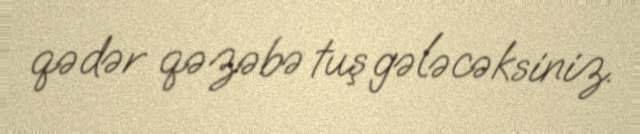
qədər qəzəbə tuş gələcəksiniz.